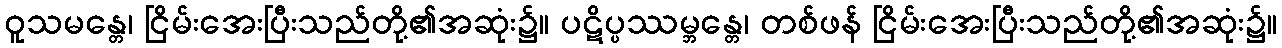
ဝူသမန္တေ၊ ငြိမ်းအေးပြီးသည်တို့၏အဆုံး၌။ ပဋိပ္ပဿမ္ဘန္တေ၊ တစ်ဖန် ငြိမ်းအေးပြီးသည်တို့၏အဆုံး၌။